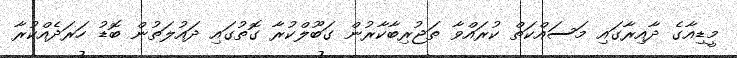
މީޑިއާގެ ދާއިރާގައި މަސައްކަތް ކުރައްވާ ތަޖުރިބާކާރުން ގަބޫލްކުރާ ގޮތުގައި ދައުލަތުން ބޮޑު ހަރަދެއްކުރާ